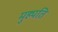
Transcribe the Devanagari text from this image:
मुह्यति